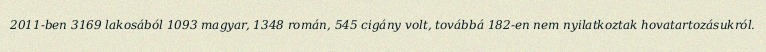
2011-ben 3169 lakosából 1093 magyar, 1348 román, 545 cigány volt, továbbá 182-en nem nyilatkoztak hovatartozásukról.